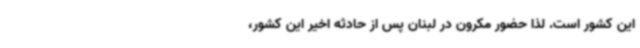
این کشور است. لذا حضور مکرون در لبنان پس از حادثه اخیر این کشور،